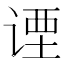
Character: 𬤇